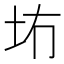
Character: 𪢹